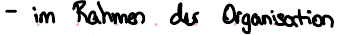
- im Rahmen der Organisation